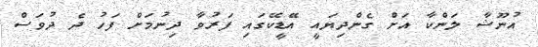
އުނޫޝާ ލަންކާ އަށް ގެންދިޔައީ އޭޑީކޭގައި ފަރުވާ ދިނުމަށް ފަހު ދެ ދުވަސް